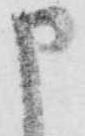
申